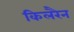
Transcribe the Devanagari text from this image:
किलरैन